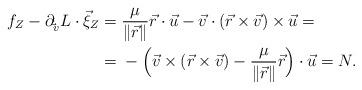
LaTeX: \begin{align*} f_Z-\partial_{\dot \vec v}L\cdot{\vec \xi}_Z={}& \frac{\mu}{\lVert \vec r\rVert}\vec r\cdot\vec u -\vec v\cdot (\vec r\times \vec v)\times\vec u=\\ ={}&-\Bigl(\vec v\times (\vec r\times \vec v) -\frac{\mu}{\lVert \vec r\rVert}\vec r\Bigr)\cdot\vec u= N.\end{align*}